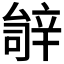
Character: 𬨚